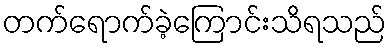
တက်ရောက်ခဲ့ကြောင်းသိရသည်